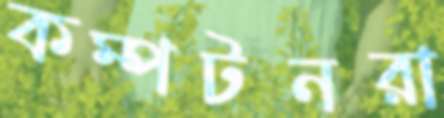
কম্পটনরা